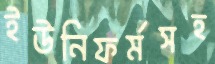
ইউনিফর্মসহ